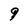
Character: 9